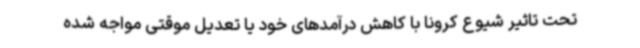
تحت تاثیر شیوع کرونا با کاهش درآمدهای خود یا تعدیل موقتی مواجه شده